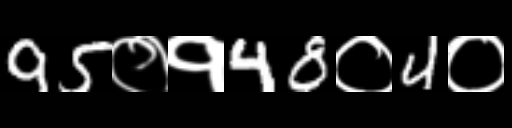
Text: 95०१48०4०